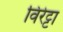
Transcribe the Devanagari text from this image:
विरेट्टा